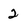
Character: 2